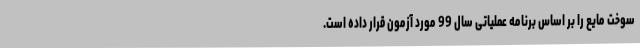
سوخت مایع را بر اساس برنامه عملیاتی سال 99 مورد آزمون قرار داده است.